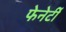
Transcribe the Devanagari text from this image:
फेनेर्टी